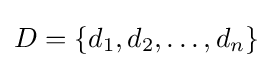
D=\{d_{1},d_{2},\dots ,d_{n}\}